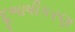
દૂભાષીકરણ